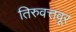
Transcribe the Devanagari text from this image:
तिरुवत्तवूर